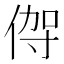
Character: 𬾦